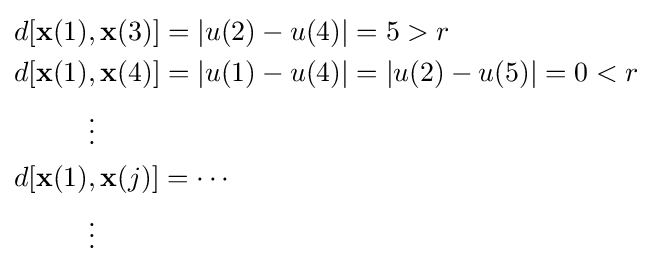
{\begin{aligned}d[\mathbf {x} (1)&,\mathbf {x} (3)]=|u(2)-u(4)|=5>r\\d[\mathbf {x} (1)&,\mathbf {x} (4)]=|u(1)-u(4)|=|u(2)-u(5)|=0<r\\&\vdots \\d[\mathbf {x} (1)&,\mathbf {x} (j)]=\cdots \\&\vdots \\\end{aligned}}